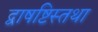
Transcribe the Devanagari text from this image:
द्वाषष्टिस्तथा